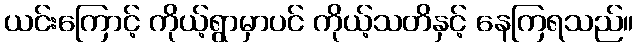
ယင်းကြောင့် ကိုယ့်ရွာမှာပင် ကိုယ့်သတိနှင့် နေကြရသည်။